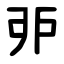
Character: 戼